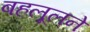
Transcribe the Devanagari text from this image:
बहलूलने